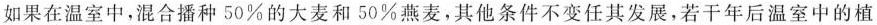
如果在温室中，混合播种50%的大麦和50%燕麦，其他条件不变任其发展，若干年后温室中的植